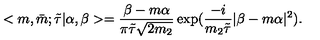
< m , \bar { m } ; \tilde { \tau } | \alpha , \beta > = \frac { \beta - m \alpha } { \pi \tilde { \tau } \sqrt { 2 m _ { 2 } } } \exp ( \frac { - i } { m _ { 2 } \tilde { \tau } } | \beta - m \alpha | ^ { 2 } ) .